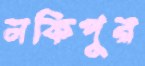
নকিপুর